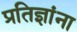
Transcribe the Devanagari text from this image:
प्रतिज्ञांना